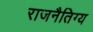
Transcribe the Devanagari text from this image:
राजनैतिग्य